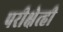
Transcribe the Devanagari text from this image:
परीक्षेत्ही